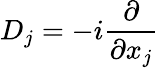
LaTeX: D_{j}=-i{\frac{\partial}{\partial x_{j}}}